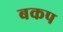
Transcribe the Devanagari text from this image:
बकप